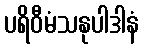
ပရိဝီမံသနုပါဒါနံ